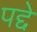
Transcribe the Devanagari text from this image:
पद्दे